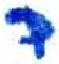
אות: ר